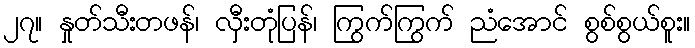
၂၇။ နှုတ်သီးတဖန်၊ လှီးတုံပြန်၊ ကြွက်ကြွက် ညံအောင် စွစ်စွယ်စူး။